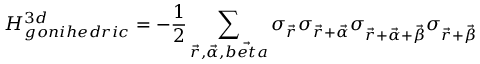
H _ { g o n i h e d r i c } ^ { 3 d } = - \frac { 1 } { 2 } \sum _ { \vec { r } , \vec { \alpha } , \vec { b e t a } } \sigma _ { \vec { r } } \sigma _ { \vec { r } + \vec { \alpha } } \sigma _ { \vec { r } + \vec { \alpha } + \vec { \beta } } \sigma _ { \vec { r } + \vec { \beta } }